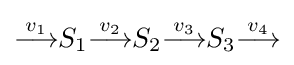
{\stackrel {v_{1}}{\longrightarrow }}S_{1}{\stackrel {v_{2}}{\longrightarrow }}S_{2}{\stackrel {v_{3}}{\longrightarrow }}S_{3}{\stackrel {v_{4}}{\longrightarrow }}